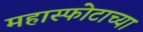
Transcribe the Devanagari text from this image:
महास्फोटाच्या